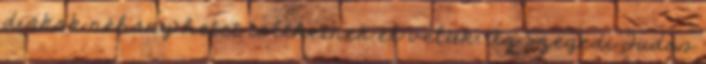
diákok néhány hetet tölthetnek el velük. Az Szegedi Tudós